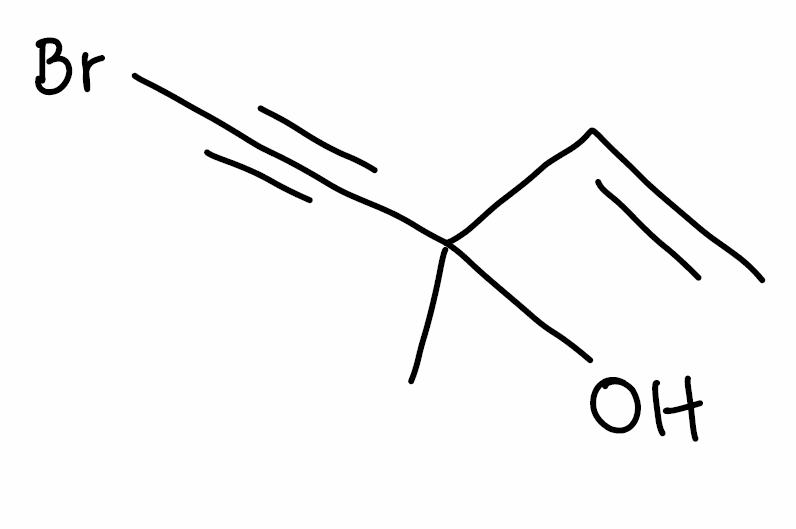
Simplified molecular-input line-entry system (SMILES) notation of the given molecule:
CC(C=C)(C#CBr)O